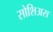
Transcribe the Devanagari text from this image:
सोशिअस